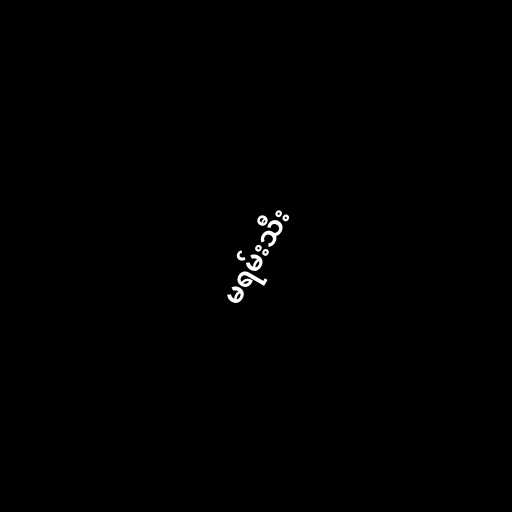
မရမ်းသီး